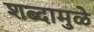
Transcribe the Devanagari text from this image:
शब्दामुळे